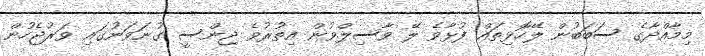
މިމާއްދާގެ ސަބަބުން ލޭހޮޅިތައް ފުޅާވެ ލޭ ވާސިލްވުން އިތުރުވެ ޖިންސީ ގުނަވަނުގައި ވަރުޖެހުން